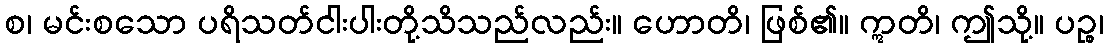
စ၊ မင်းစသော ပရိသတ်ငါးပါးတို့သိသည်လည်း။ ဟောတိ၊ ဖြစ်၏။ ဣတိ၊ ဤသို့။ ပဉ္စ၊